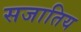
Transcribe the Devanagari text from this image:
सजातिय